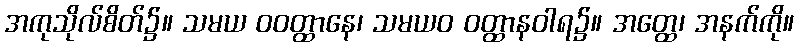
အကုသိုလ်စိတ်၌။ သမယ ဝဝတ္ထာနေ၊ သမယဝ ဝတ္ထာနဝါရ၌။ အတ္ထေ၊ အနက်ကို။